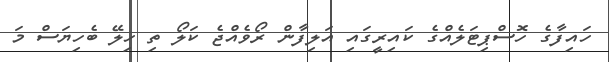
ހައިފާގެ ހޮސްޕިޓަލެއްގެ ކައިރީގައި އަލިފާން ރޯވެއްޖެ ކަލޯ ތި ހިލޭ ބެހިޔަސް މަ